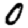
Digit: 0